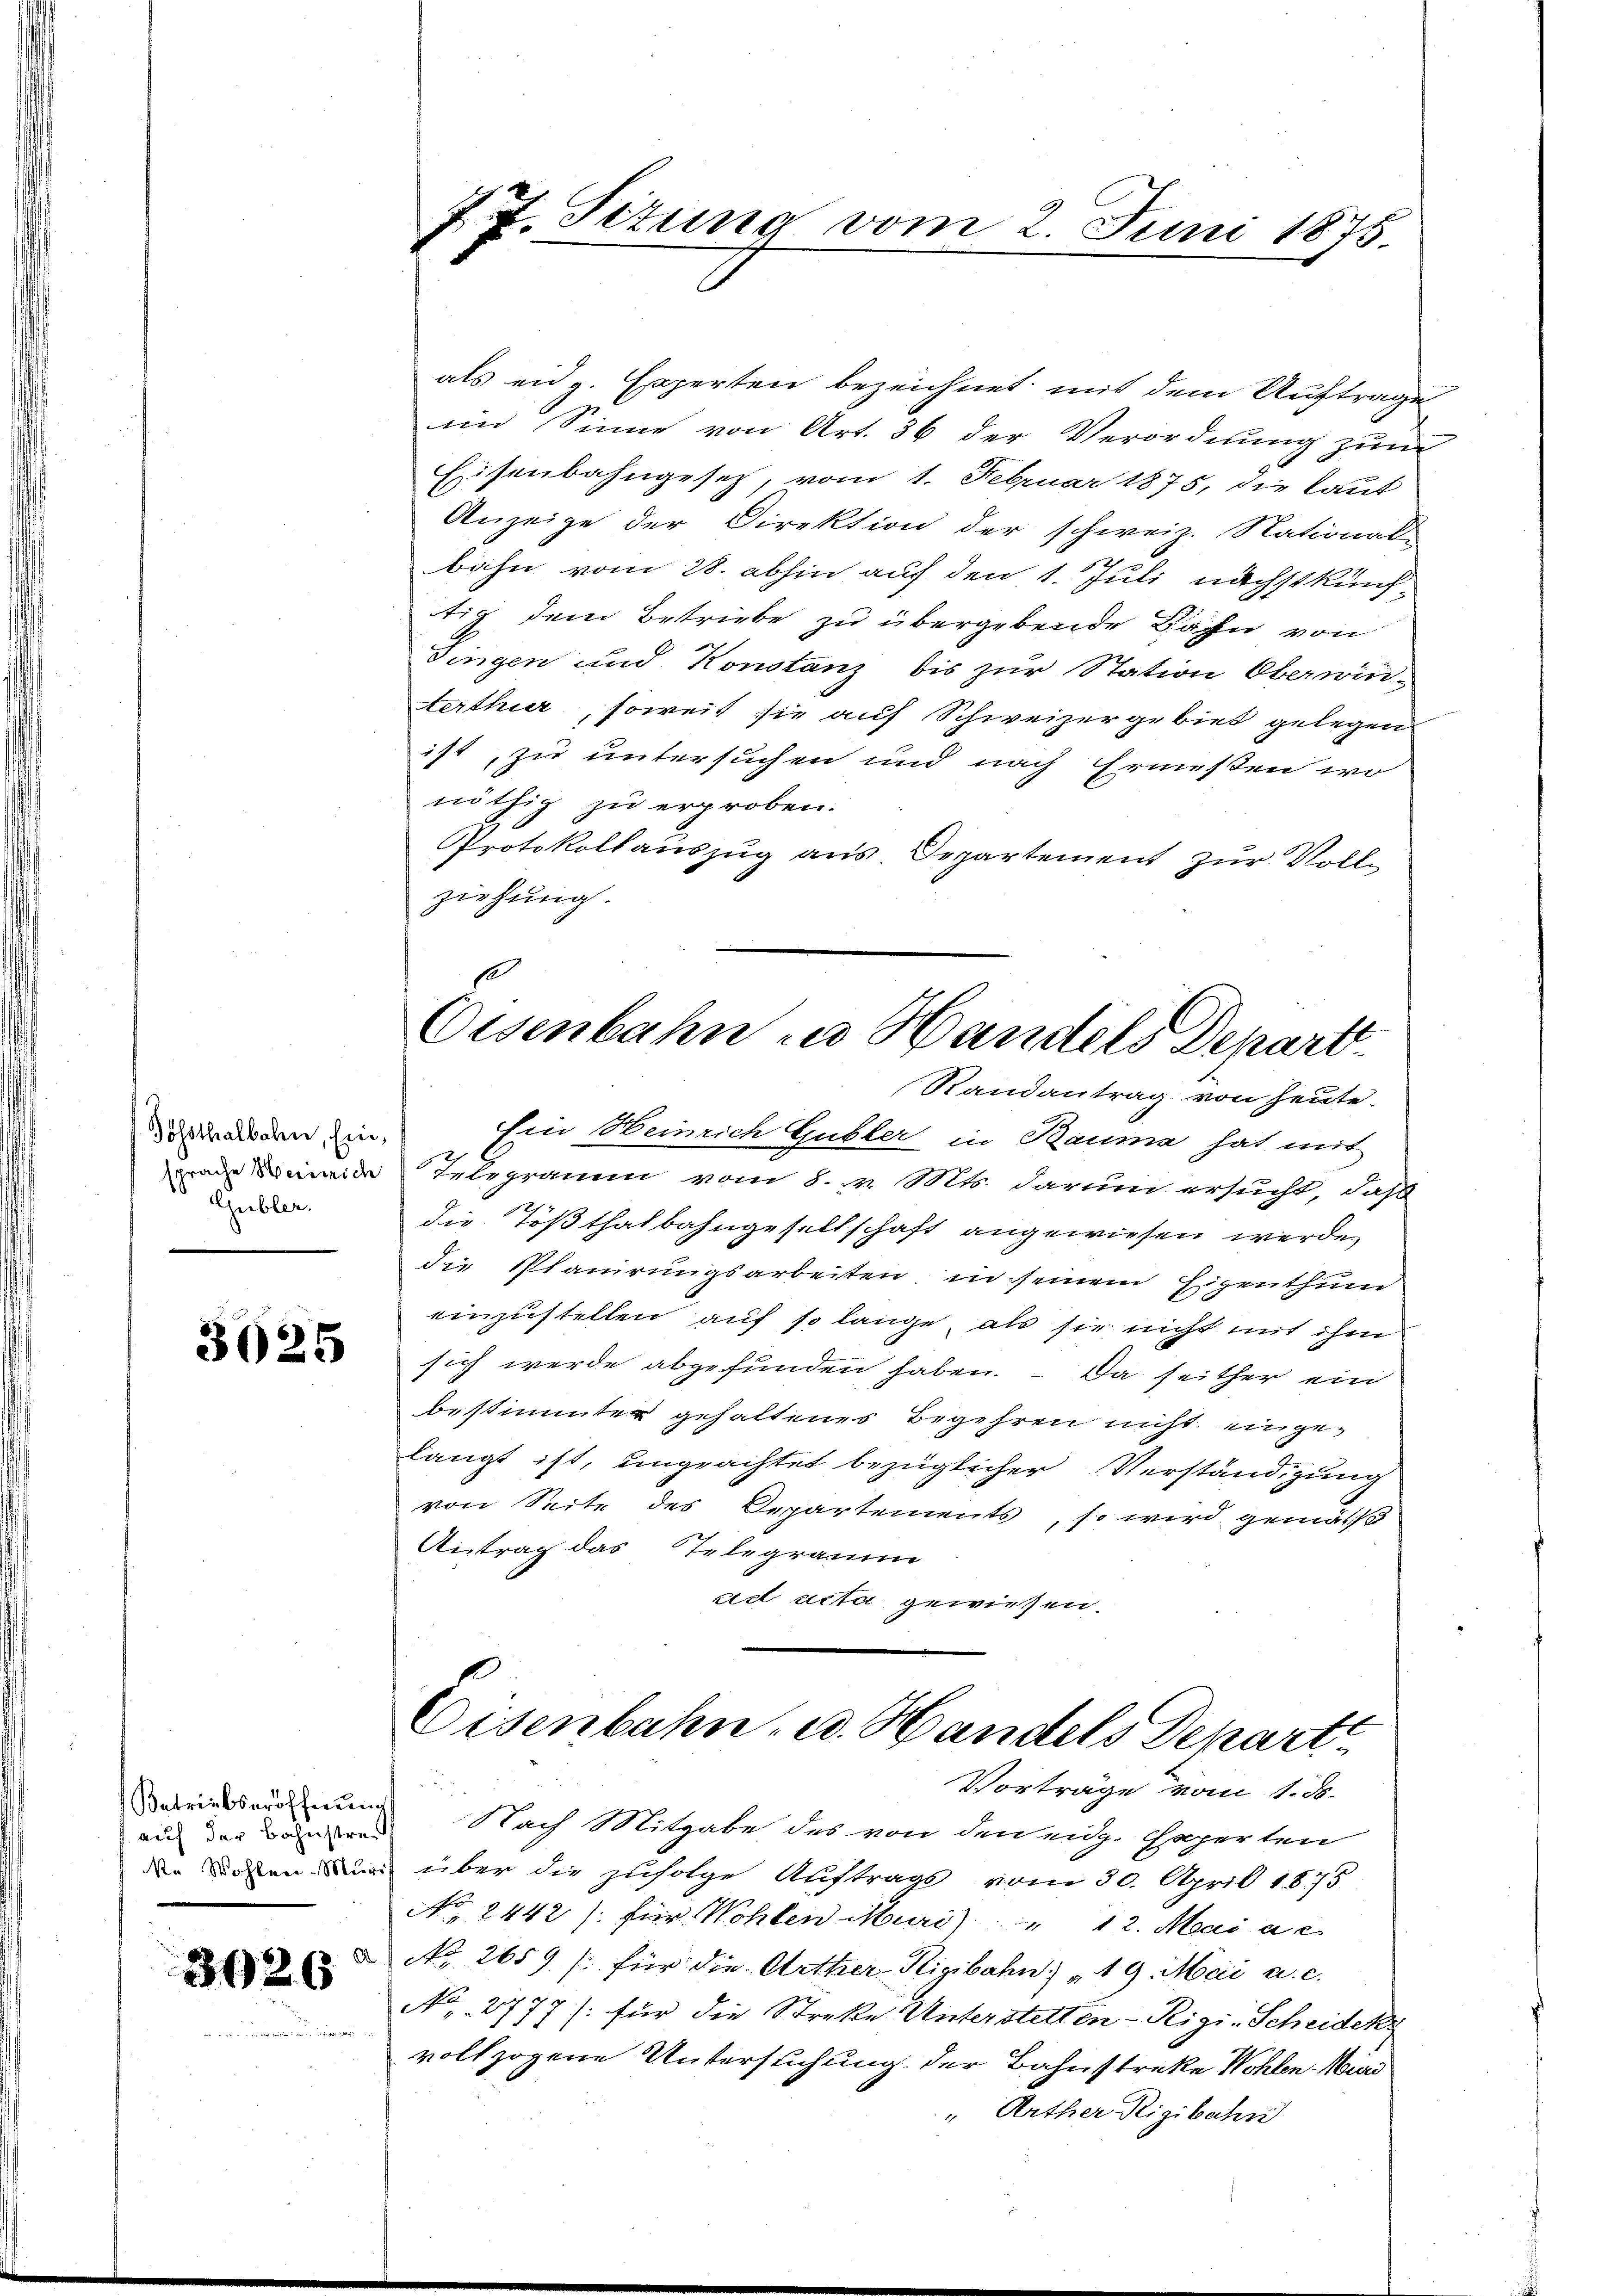
Tösthalbahn, Ein¬
Gubler.

3025

Betriebseröffnung
362

7 J. Situng vom 2. Juni 1875.

Eisenbahn in Handels Depart.
Randantrag von heute.

als eidg. Experten bezeichnet, mit dem Auftrage
im Sinne von Art. 36 der Verordnung zum
Eisenbahngesetz, vom 1. Februar 1875, die Laut
Anzeige der Direktion der schweiz. National-
bahn vom 28. abhin auf den 1. Juli nächstkünf-
tig dem Betriebe zu übergebende Bahn von
Dingen und Konstanz bis zur Station Oberwin-
terthur, soweit sie auf Schweizergebiet gelegen
ist, zu untersuchen und nach Ermessen wo
nöthig zu erproben.
Protokollauszug aus. Departement zur Vollziehung.
Ein Heinrich Gubler in Bauma hat mit
rade eineide Telegramm vom 8. v. Mts. darum ersucht, daß
die Tößthalbahngesellschaft angewiesen werde,
die Planirungsarbeiten in seinem Eigenthum
einzustellen auf so lange, als sie nicht mit ihm
sich werde abgefunden haben. – Da seither ein
bestimmter gehaltenes Begehren nicht eingelangt ist, unprachtet bezüglicher Verständigung
von Seite des Departements, so wird gemäss
Antrag das Telegramm
ad acta gewiesen.
Eisenbahn, u. Handels Depart
Vorträge vom 1. ds.
auf der Bauren Nach Mitgabe des von den eidg. Gaperten
den Rechten und über die zufolge Auftrags vom 30. April 1875
No. 2442) für Wohlen Muri) " 12. Mai a. c.
No. 2659 / für die Arther-Rigibahn 19. Mai a. c.
No 2777 /: für die Streke Unterstetten - Rigi-Scheidekr
vollzogene Untersuchung der Bahnstreke Wohlen Mind
" Urther Rigibahn